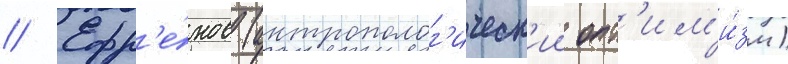
// Ефр'е́мов (антрополог'ическ'ии опт'им'и́зм)